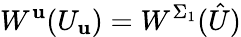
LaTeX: W^{\mathbf{u}}(U_{\mathbf{u}})=W^{\Sigma_{1}}(\hat{{U}})